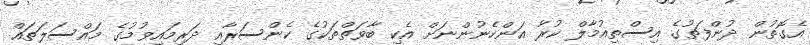
އެގޮތުން ދުންފަތުގެ އިސްތިއުމާލް ކުރާ އަންހެނުންނަށް އެކި ބާވަތްތަކުގެ ކެންސަރާއި ދަރިމައިވުމުގެ މައްސަލަތައް